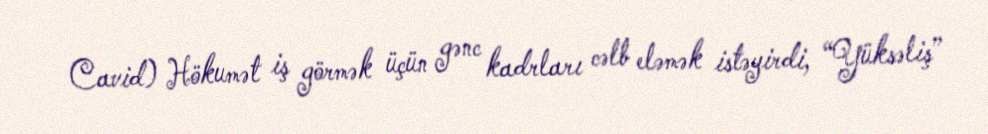
Cavid) Hökumət iş görmək üçün gənc kadrları cəlb eləmək istəyirdi, “Yüksəliş”